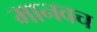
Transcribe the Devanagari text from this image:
मानवच